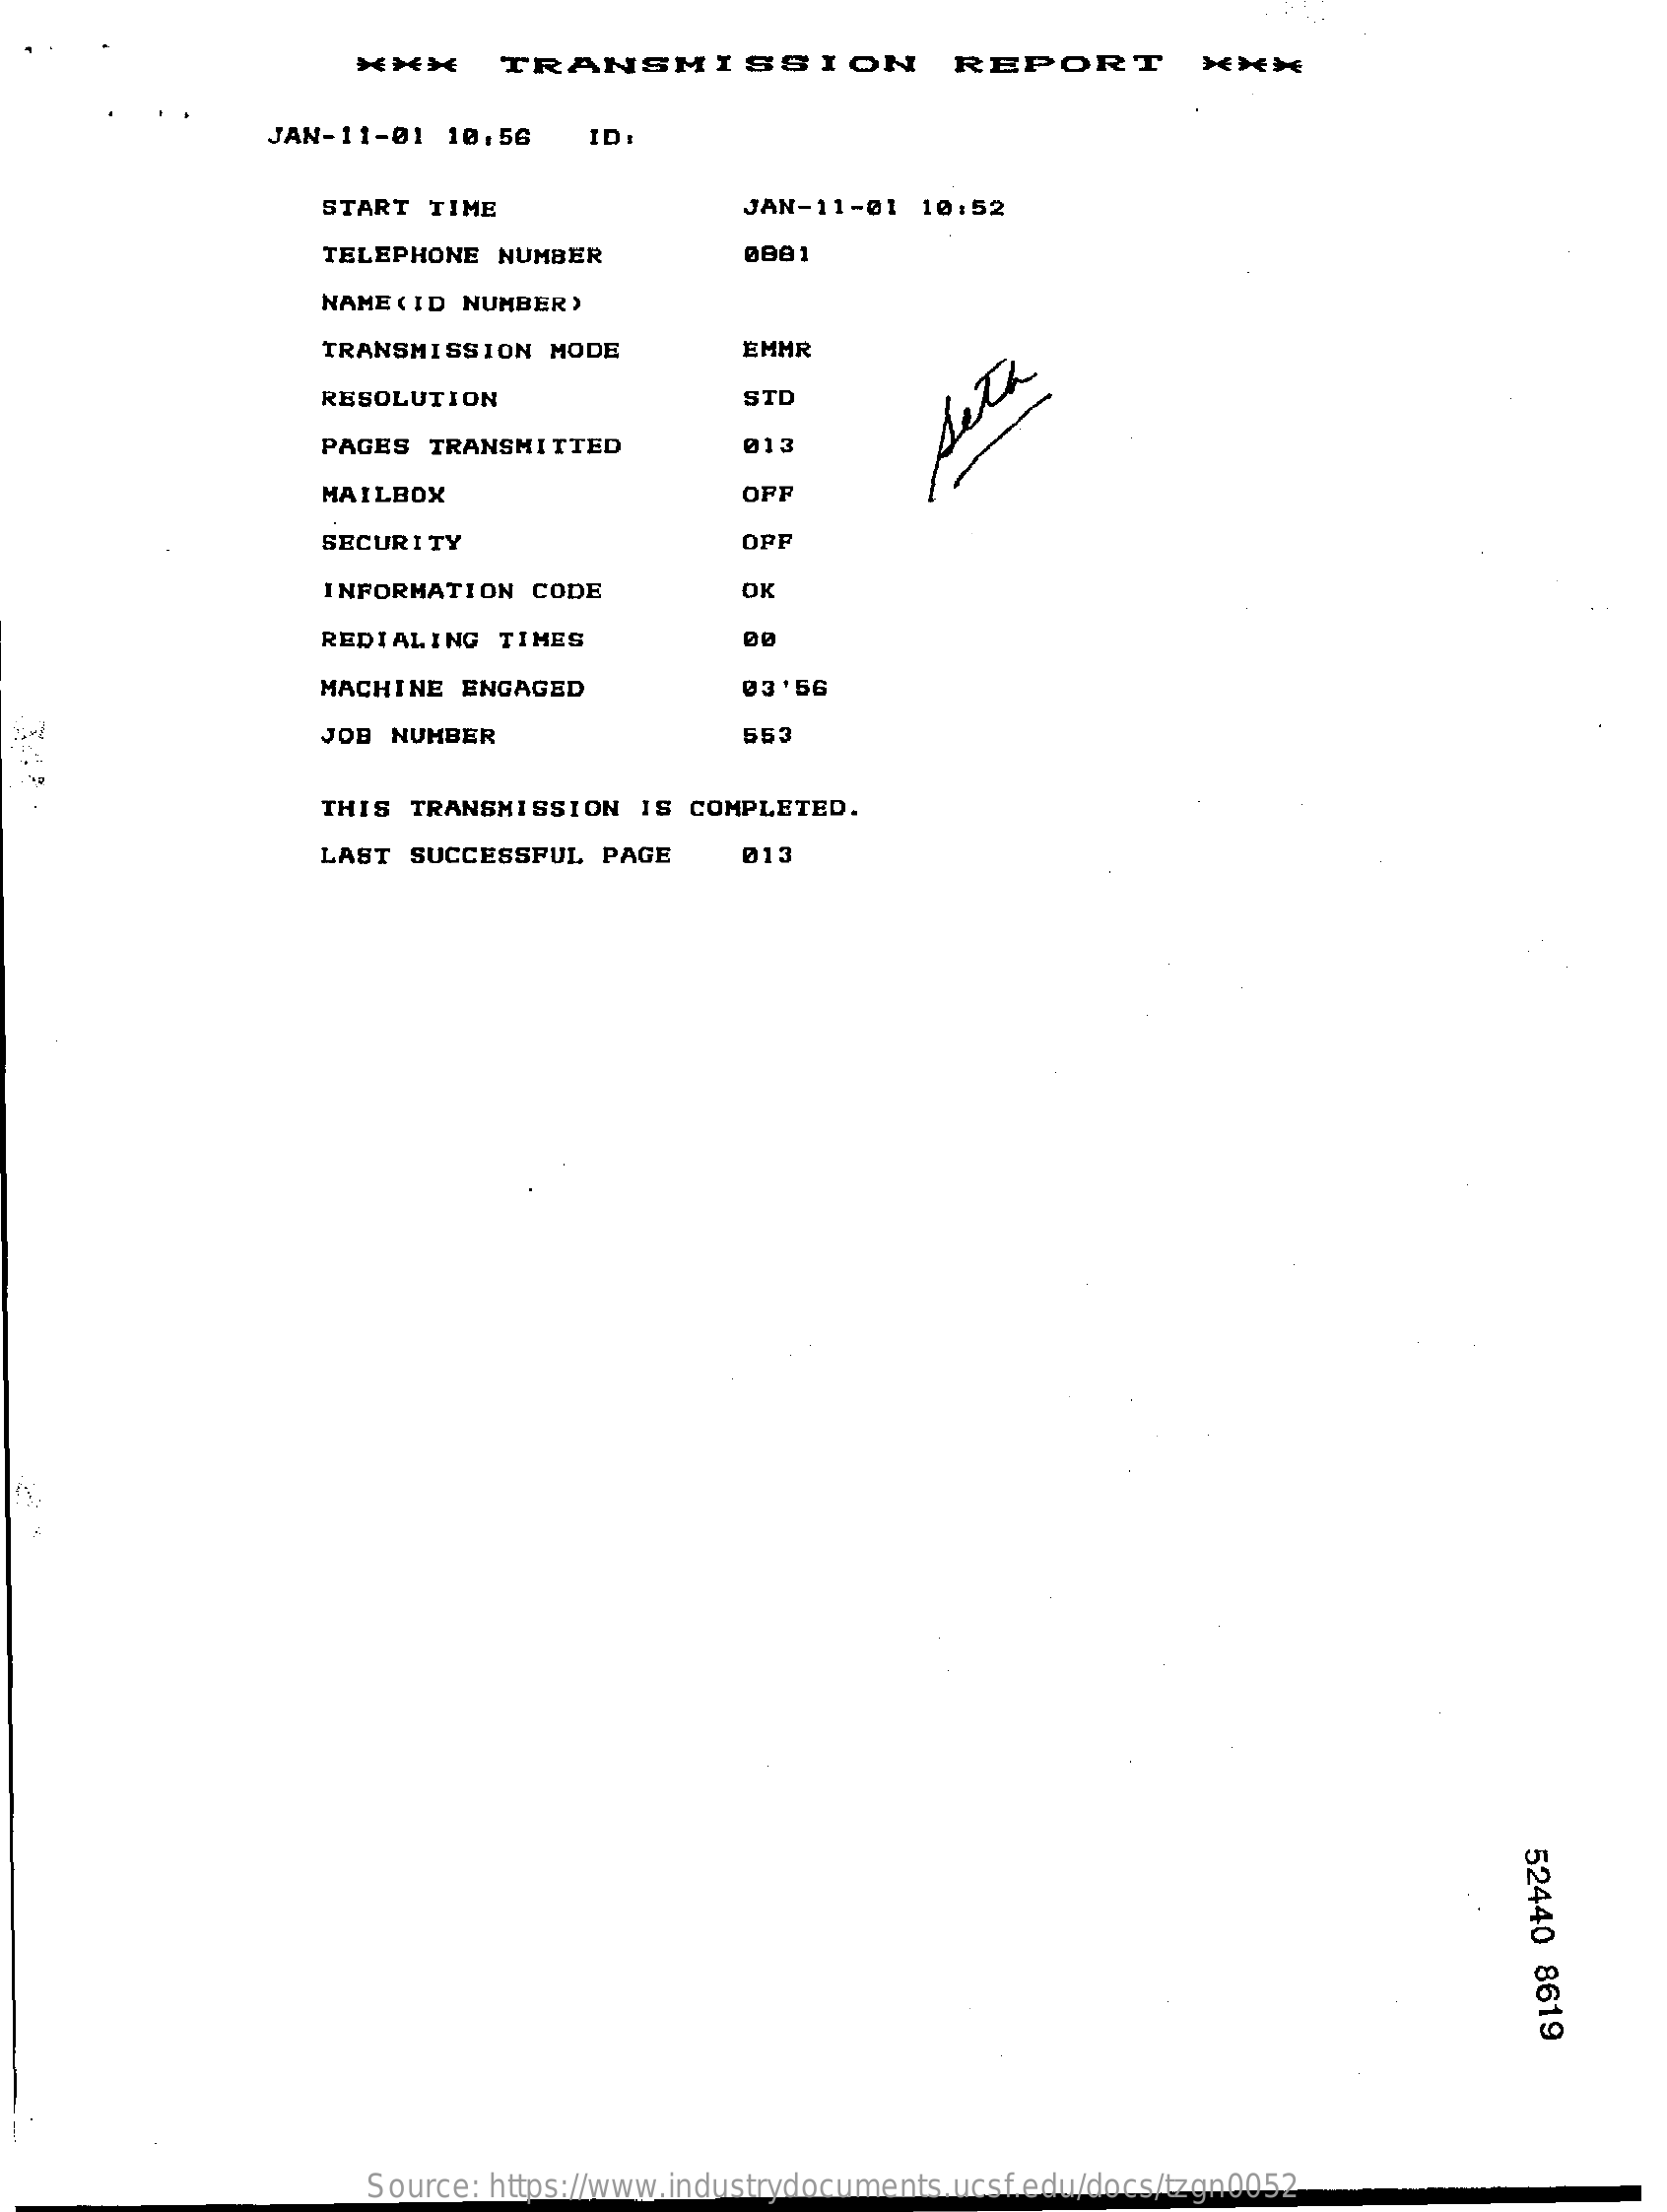
***    TRANSMISSION    REPORT    XXX
     JAN-11-01  10:56    ID
     START  TIME    JAN-11-01  10:52
     TELEPHONE  NUMBER    0001
     NAME (ID NUMBER)
     TRANSMISSION  MODE    EMMR
     RESOLUTION    STD
     PAGES TRANSMITTED    @13
     MAILBOX    OFF
     Seth
     SECURITY    OPP
     INFORMATION  CODE    OK
     REDIALING  TIMES
     MACHINE  ENGAGED    03'56
     JOB NUMBER    553
     THIS TRANSMISSION   IS COMPLETED.
     LAST SUCCESSFUL  PAGE    013
     52440
     8619
     Source: https://www.industrydocuments.ucsf.edu/docs/tzgn0052